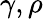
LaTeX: \gamma,\rho